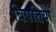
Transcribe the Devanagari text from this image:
बिपत्तियों